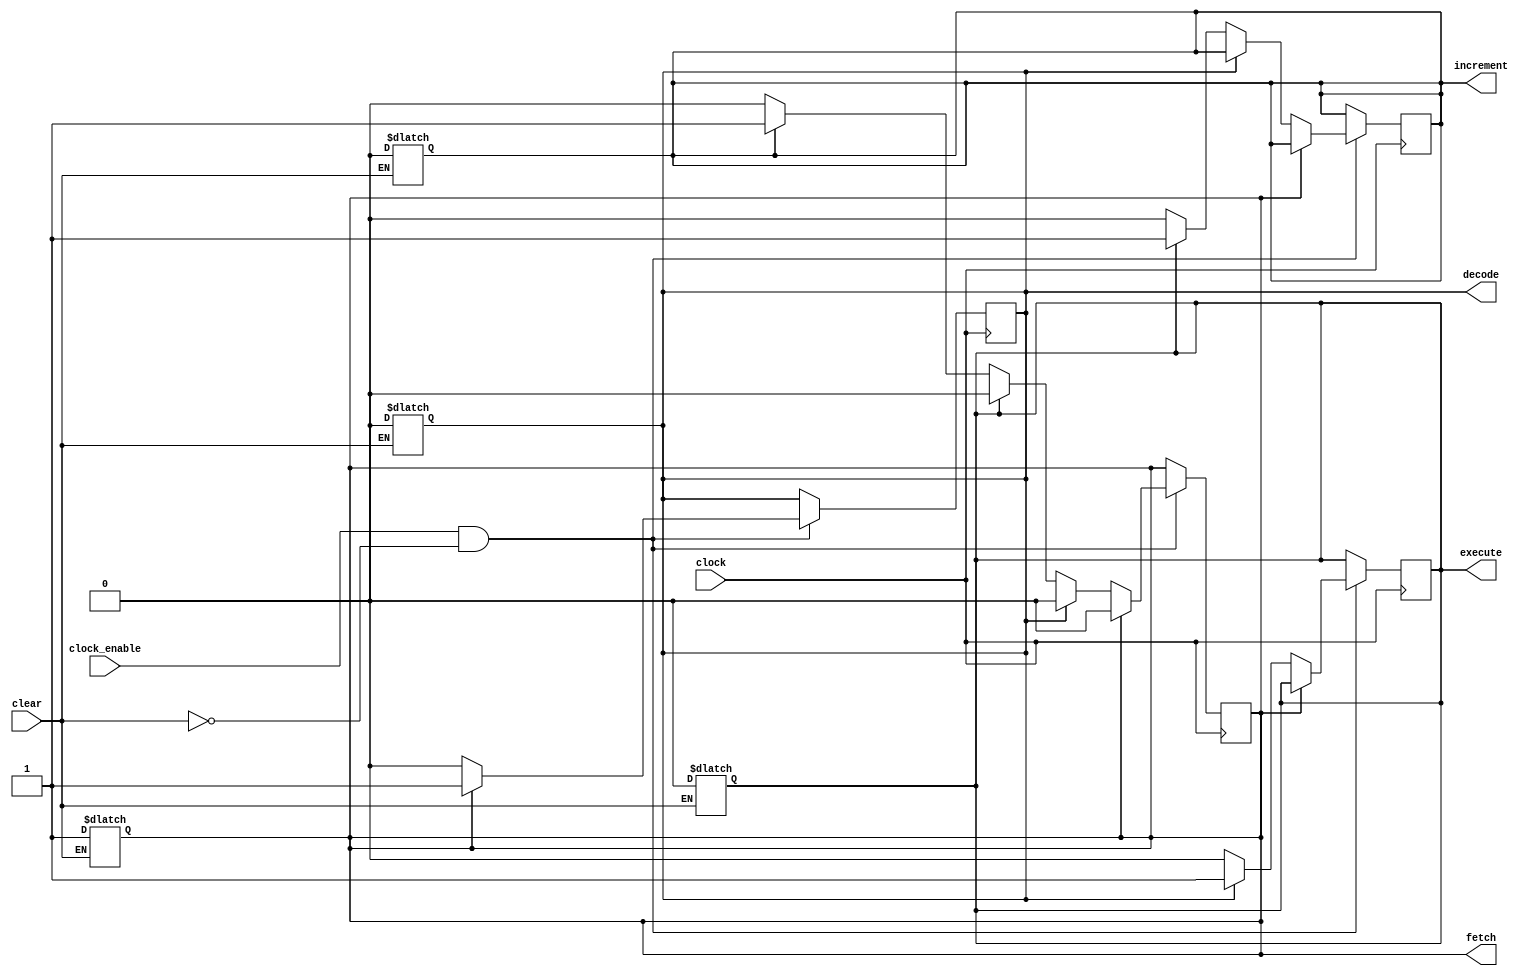
/*`include "../FlipFlop/FDCE.v"
`include "../FlipFlop/FDPE.v"*/
module SequenceGenerator (clock, clock_enable, clear, fetch, decode, execute, increment);
    input clock, clock_enable, clear;
    output reg fetch, decode, execute, increment;

    /*FDPE fdpe1(increment, clock, clock_enable, clear, fetch);
    FDCE fdce1(fetch, clock, clock_enable, clear, decode);
    FDCE fdce2(decode, clock, clock_enable, clear, execute);
    FDCE fdce3(execute, clock, clock_enable, clear, increment);*/

    always @(clear) begin
        if(clear == 1) begin
            fetch = 1;
            decode = 0;
            execute = 0;
            increment = 0;
        end
    end

    always @(posedge clock) begin
        if(clock_enable == 1 & clear == 0) begin
            if(fetch == 1) begin
                fetch = 0;
                decode = 1;
            end
            else if(decode == 1) begin
                decode = 0;
                execute = 1;
            end
            else if(execute == 1) begin
                execute = 0;
                increment = 1;
            end
            else if(increment == 1) begin
                increment = 0;
                fetch = 1;
            end
        end
    end

endmodule